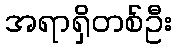
အရာရှိတစ်ဦး